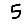
Digit: 5